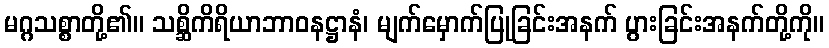
မဂ္ဂသစ္စာတို့၏။ သစ္ဆိကိရိယာဘာဝနဋ္ဌာနံ၊ မျက်မှောက်ပြုခြင်းအနက် ပွားခြင်းအနက်တို့ကို။